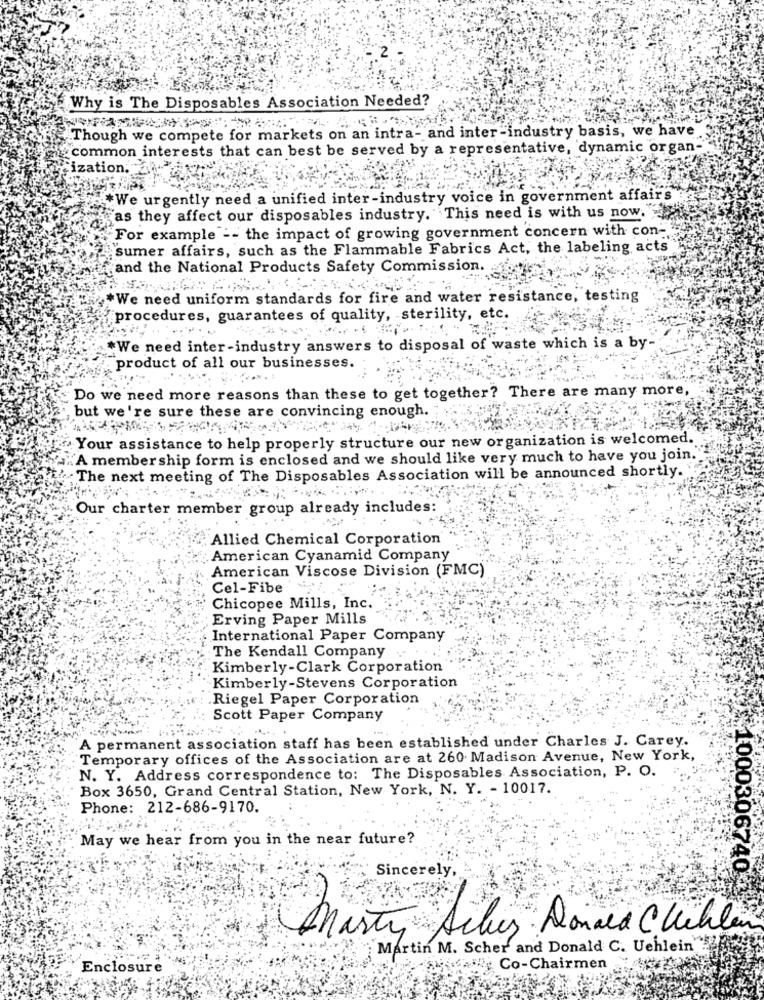
Why is The Disposables Association Needed?
.Though we compete for markets on an intra- and inter -industry basis, we have
common interests that can best be served by a representative, dynamic organ-
¿ization. ..
*We urgently need a unified inter-industry voice in government affairs
§as they affect our disposables industry. This need is with us now."
For example -- the impact of growing government concern with con-
sumer affairs, such as the Flammable Fabrics Act, the labeling acts
and the National Products Safety Commission.
*We need uniform standards for fire and water resistance, testing
procedures, guarantees of quality, sterility, etc.
*We need inter-industry answers to disposal of waste which is a by
product of all our businesses.
Do we need more reasons than these to get together? There are many more,
but we're sure these are convincing enough.
Your assistance to help properly structure our new organization is welcomed.
A member ship form is enclosed and we should like very much to have you join."
The next meeting of The Disposables Association will be announced shortly.
Our charter member group already includes:
Allied Chemical Corporation
American Cyanamid Company
American Viscose Division (FMC)
Cel-Fibe
Chicopee Mills, Inc.
Erving Paper Mills
International Paper Company
The Kendall Company
Kimberly-Clark Corporation
Kimberly-Stevens Corporation
Riegel Paper Corporation
Scott Paper Company
A permanent association staff has been established under Charles J. Carey.
Temporary offices of the Association are at 260 Madison Avenue, New York,
N. Y. Address correspondence to: The Disposables Association, P. O.
Box 3650, Grand Central Station, New York, N. Y. - 10017.
Phone: 212-686-9170.
May we hear from you in the near future?
Sincerely,
1000306740
marty Acles Donald Chillen
Martin M. Scher and Donald C. Uehlein
Enclosure
All Co-Chairmen